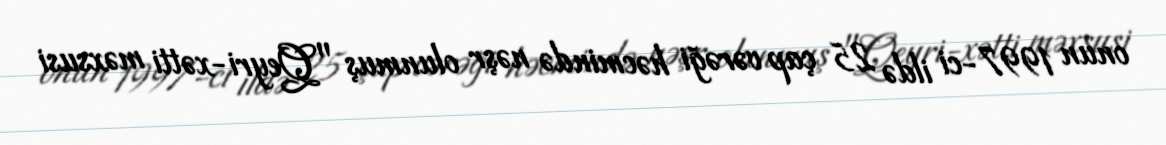
onun 1997-ci ildə 25 çap vərəği həcmində nəşr olunmuş "Qeyri-xətti məxsusi